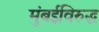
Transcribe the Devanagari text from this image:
मुंबईविरुद्ध